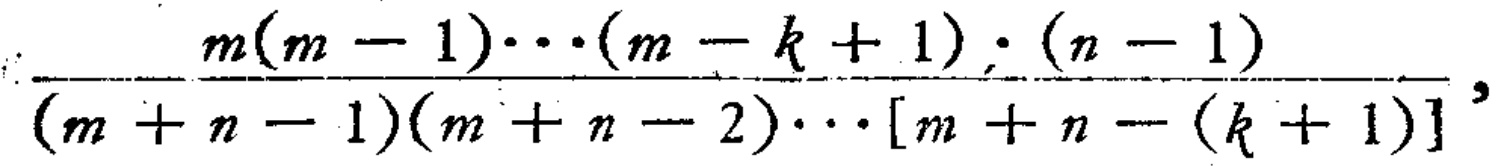
\(\frac{m(m - 1)\cdots(m - k + 1)\cdot(n - 1)}{(m + n - 1)(m + n - 2)\cdots[m + n - (k + 1)]}\)